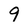
Character: 9